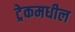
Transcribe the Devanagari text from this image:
ट्रेकमधील